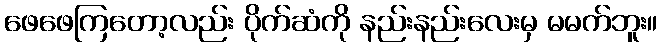
ဖေဖေကြတော့လည်း ပိုက်ဆံကို နည်းနည်းလေးမှ မမက်ဘူး။